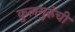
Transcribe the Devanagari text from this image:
कुलगुरुंची